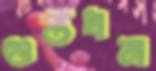
গুপ্তধন